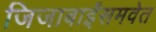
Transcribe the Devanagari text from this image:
जिजाबाईंसमवेत